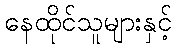
နေထိုင်သူများနှင့်